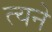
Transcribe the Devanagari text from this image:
त्यने